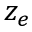
z _ { e }